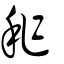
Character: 秨